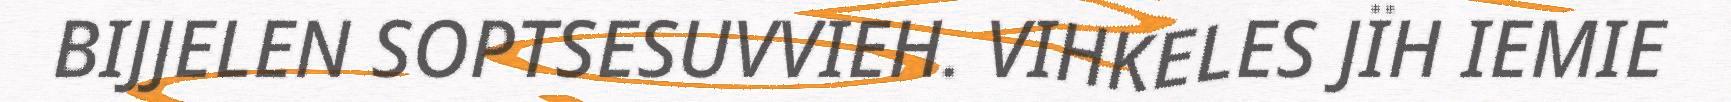
BIJJELEN SOPTSESUVVIEH. VIHKELES JÏH IEMIE